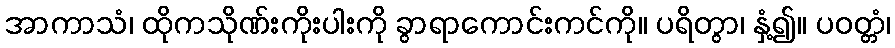
အာကာသံ၊ ထိုကသိုဏ်းကိုးပါးကို ခွာရာကောင်းကင်ကို။ ပရိတွာ၊ နှံ့၍။ ပဝတ္တံ၊